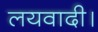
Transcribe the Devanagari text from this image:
लयवादी।